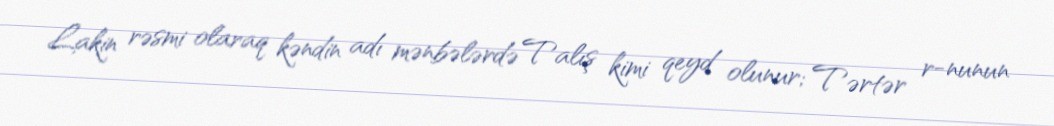
Lakin rəsmi olaraq kəndin adı mənbələrdə Talış kimi qeyd olunur; Tərtər r-nunun